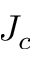
J _ { c }